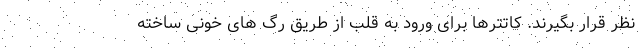
نظر قرار بگیرند. کاتترها برای ورود به قلب از طریق رگ های خونی ساخته